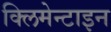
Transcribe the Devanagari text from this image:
क्लिमेन्टाइन